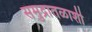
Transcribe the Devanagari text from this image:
समुद्रातळाशी